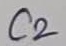
Text: C2